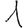
Digit: 1